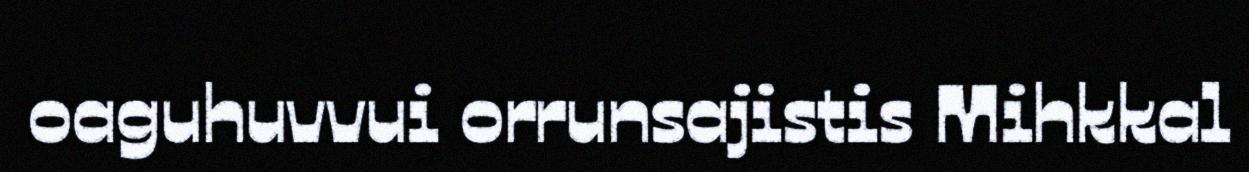
oaguhuvvui orrunsajistis Mihkkal